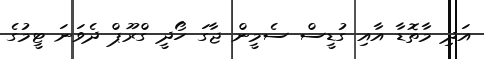
އަދި މާތޮޑާ އާއި ގުޑީސް ސެމީން ޖާގަ ހޯދީ ގްރޫޕް ދެވަނަ ޓީމުގެ